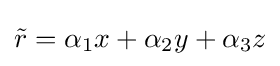
{\tilde {r}}=\alpha _{1}x+\alpha _{2}y+\alpha _{3}z